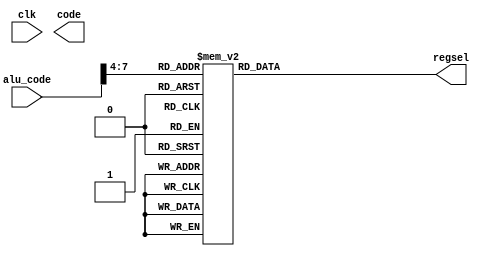
module aludecoder (
    input wire clk,    // Clock
    /*--------------------------------------------------*/
    input wire [7:0]alu_code,//
    //input clk_en, // Clock Enable
    //input rst_n,  // Asynchronous reset active low
    /*--------------------------------------------------*/
    output wire [3:0]code,
    output wire [7:0]regsel
);
//:ALU

function [7:0]select;//4bit,[DCBA:DCBA]
    input [3:0]regcode;

    case(regcode)
        /*-----------------------DCBADCBA-------------------*/
        4'b0000    : select = 8'b00010001;//SELECT = A, A
        4'b0001    : select = 8'b00010010;//SELECT = A, B
        4'b0010    : select = 8'b00010100;//SELECT = A, C
        4'b0011    : select = 8'b00011000;//SELECT = A, D
        /*-----------------------DCBADCBA-------------------*/
        4'b0100    : select = 8'b00100001;//SELECT = B, A
        4'b0101    : select = 8'b00100001;//SELECT = B, B
        4'b0110    : select = 8'b00100001;//SELECT = B, C
        4'b0111    : select = 8'b00100001;//SELECT = B, D
        /*-----------------------DCBADCBA-------------------*/
        4'b1000    : select = 8'b01000001;//SELECT = C, A
        4'b1001    : select = 8'b01000001;//SELECT = C, B
        4'b1010    : select = 8'b01000001;//SELECT = C, C
        4'b1011    : select = 8'b01000001;//SELECT = C, D
        /*-----------------------DCBADCBA-------------------*/
        4'b1100    : select = 8'b10000001;//SELECT = D, A
        4'b1101    : select = 8'b10000001;//SELECT = D, B
        4'b1110    : select = 8'b10000001;//SELECT = D, C
        4'b1111    : select = 8'b10000001;//SELECT = D, D
        /*--------------------------------------------------*/
    endcase
endfunction


assign regsel = select(alu_code[7:4]);//



endmodule